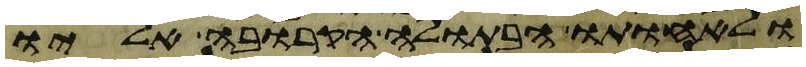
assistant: ולאחותו הבתולה הקרובה אליו